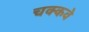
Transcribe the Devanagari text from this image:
चक्‍कवे